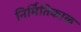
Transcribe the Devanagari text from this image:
निर्मितिकाळ